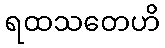
ရထသတေဟိ